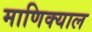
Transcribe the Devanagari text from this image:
माणिक्याल